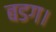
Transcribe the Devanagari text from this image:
बडग।